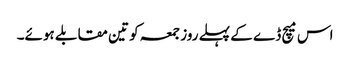
اس میچ ڈے کے پہلے روز جمعہ کو تین مقابلے ہوئے۔